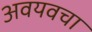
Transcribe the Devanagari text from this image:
अवयवचा